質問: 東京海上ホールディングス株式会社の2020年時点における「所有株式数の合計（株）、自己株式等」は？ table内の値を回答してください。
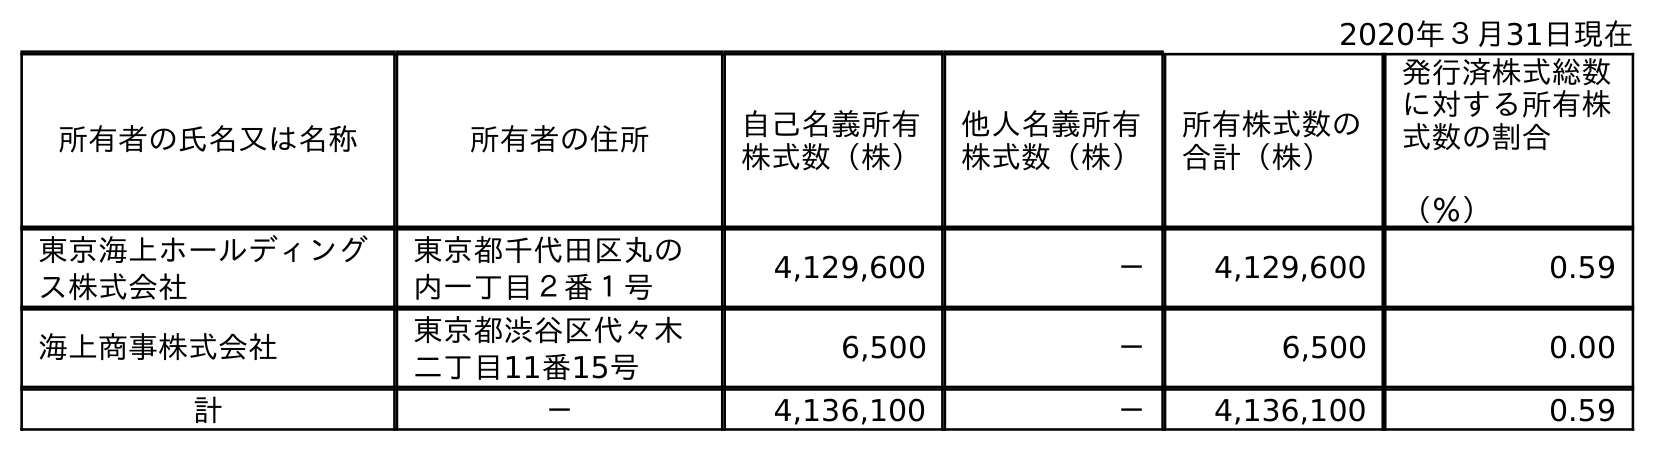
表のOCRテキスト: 2020年３月31日現在 所有者の氏名又は名称 所有者の住所 自己名義所有 株式数（株） 他人名義所有 株式数（株） 所有株式数の 合計（株） 発行済株式総数 に対する所有株 式数の割合 （％） 東京海上ホールディング ス株式会社 東京都千代田区丸の 内一丁目２番１号 4,129,600 － 4,129,600 0.59 海上商事株式会社 東京都渋谷区代々木 二丁目11番15号 6,500 － 6,500 0.00 計 － 4,136,100 － 4,136,100 0.59
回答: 4,136,100